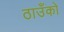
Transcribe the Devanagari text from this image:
ठाउँको